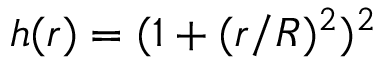
h ( r ) = ( 1 + ( r / R ) ^ { 2 } ) ^ { 2 }